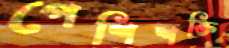
পেশিশক্তি